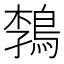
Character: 𲍟